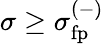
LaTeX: \sigma\geq\sigma_{\mathrm{fp}}^{(-)}